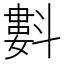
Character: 㪹